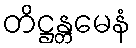
တိဋ္ဌန္တမေနံ